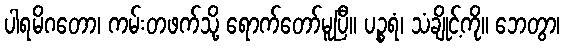
ပါရမိဂတော၊ ကမ်းတဖက်သို့ ရောက်တော်မူပြီ။ ပဉ္စရံ၊ သံချိုင့်ကို။ ဘေတွာ၊